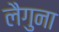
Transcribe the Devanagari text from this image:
लैगुना